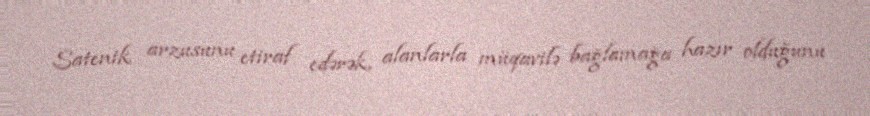
Satenik arzusunu etiraf edərək, alanlarla müqavilə bağlamağa hazır olduğunu